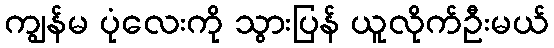
ကျွန်မ ပုံလေးကို သွားပြန် ယူလိုက်ဦးမယ်